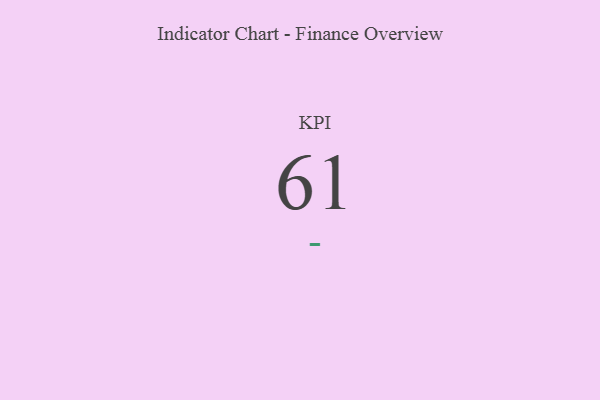
{"axis": {"x": "KPI", "y": "Value"}, "legend": [""], "data": [{"x": "KPI", "y": 61, "type": ""}]}